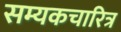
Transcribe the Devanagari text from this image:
सम्यकचारित्र